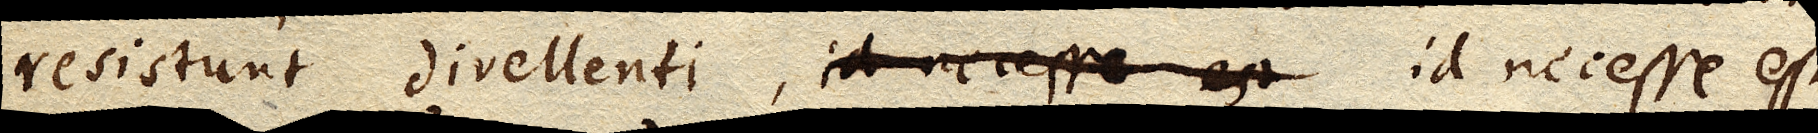
resistunt divellenti, id necesse est